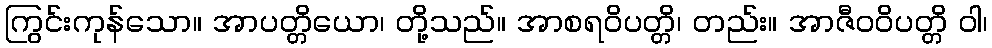
ကြွင်းကုန်သော။ အာပတ္တိယော၊ တို့သည်။ အာစရဝိပတ္တိ၊ တည်း။ အာဇီဝဝိပတ္တိ ဝါ၊